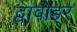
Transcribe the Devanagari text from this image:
द्वावोइर